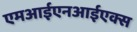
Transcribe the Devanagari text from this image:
एमआईएनआईएक्स